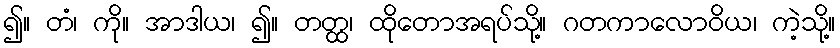
၍။ တံ၊ ကို။ အာဒါယ၊ ၍။ တတ္ထ၊ ထိုတောအရပ်သို့။ ဂတကာလောဝိယ၊ ကဲ့သို့။